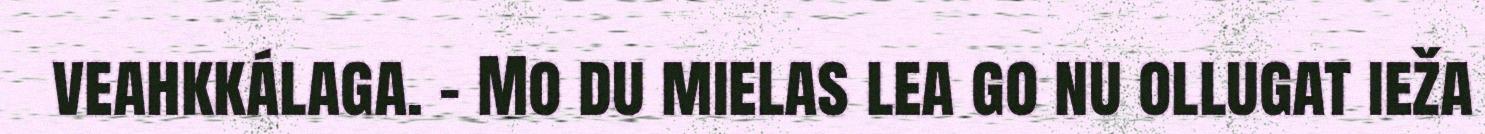
veahkkálaga. – Mo du mielas lea go nu ollugat ieža